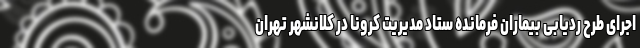
اجرای طرح ردیابی بیماران فرمانده ستاد مدیریت کرونا در کلانشهر تهران